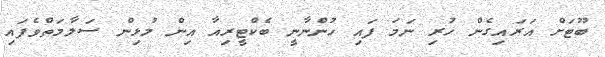
ބޫޓަށް އަރައިގެން ހުރި ނަމަ ފައި ހުންނާނީ ބެކްޓީރިއާ އިން މުޅިން ސަލާމަތްވެފައި